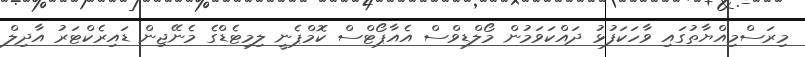
މިރަސްމިއްޔާތުގައި ވާހަކަފުޅު ދައްކަވަމުން މޯލްޑިވްސް އެއާޕޯޓްސް ކޮމްޕެނީ ލިމިޓެޑްގެ މެނޭޖިން ޑައިރެކްޓަރު އާދިލް